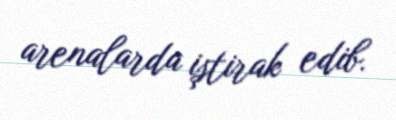
arenalarda iştirak edib.